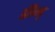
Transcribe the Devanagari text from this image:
डीन्